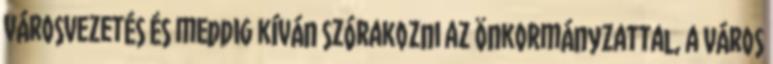
városvezetés és meddig kíván szórakozni az önkormányzattal, a város